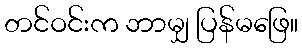
တင်ဝင်းက ဘာမျှ ပြန်မဖြေ။